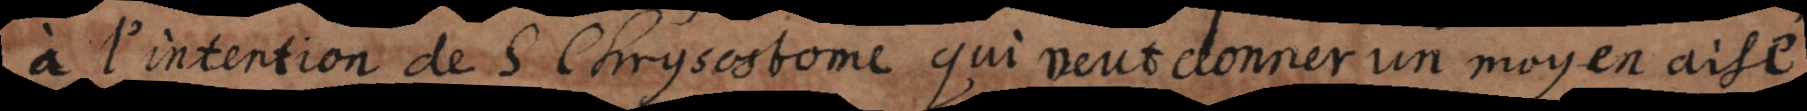
à l’intention de S. Chrysostome qui veut donner un moyen ais